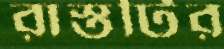
রাস্তটির